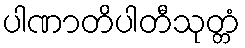
ပါဏာတိပါတီသုတ္တံ